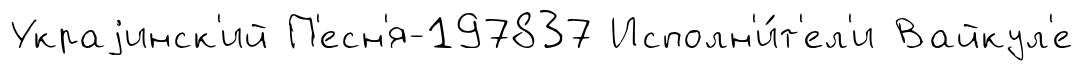
Украjинск'ий П'есн'я-197837 Исполн'и́т'ел'и Вайкул'е